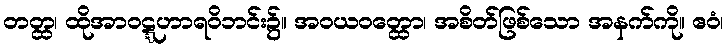
တတ္ထ၊ ထိုအာဝဋ္ဋဟာရဝိဘင်း၌။ အဝယဝတ္ထော၊ အစိတ်ဖြစ်သော အနက်ကို။ ဧဝံ၊